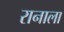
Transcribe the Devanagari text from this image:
रानाला